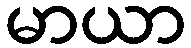
မာယာ